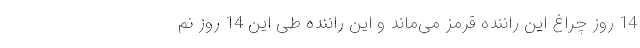
14 روز چراغ این راننده قرمز می‌ماند و این راننده طی این 14 روز نم